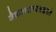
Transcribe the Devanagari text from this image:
वैद्यकशास्त्रज्ञाने